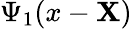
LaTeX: \Psi_{1}(x-\mathbf{X})